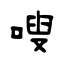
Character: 嗖